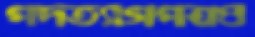
পদত্যাগপত্রও